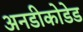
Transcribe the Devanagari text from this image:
अनडीकोडेड